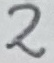
Text: 2